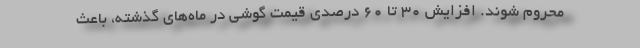
محروم شوند. افزایش ۳۰ تا ۶۰ درصدی قیمت گوشی در ماه‌های گذشته، باعث